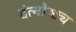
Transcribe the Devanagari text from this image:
दंत्योष्ठ्य